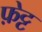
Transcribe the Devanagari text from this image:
फ़ेट्ट